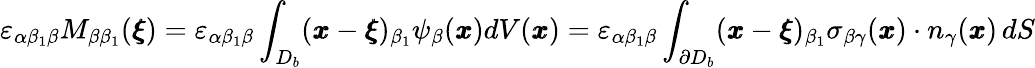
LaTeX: \varepsilon_{\alpha\beta_{1}\beta}M_{\beta\beta_{1}}({\pmb\xi})=\varepsilon_{\alpha\beta_{1}\beta}\int_{{D_{b}}}({\pmb x}-{\pmb\xi})_{\beta_{1}}\psi_{\beta}({\pmb x})dV({\pmb x})=\varepsilon_{\alpha\beta_{1}\beta}\int_{\partial D_{b}}({\pmb x}-{\pmb\xi})_{\beta_{1}}{\sigma}_{\beta\gamma}({\pmb x})\cdot{n}_{\gamma}({\pmb x})\, dS